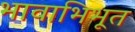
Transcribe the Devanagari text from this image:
भावाभिभूत